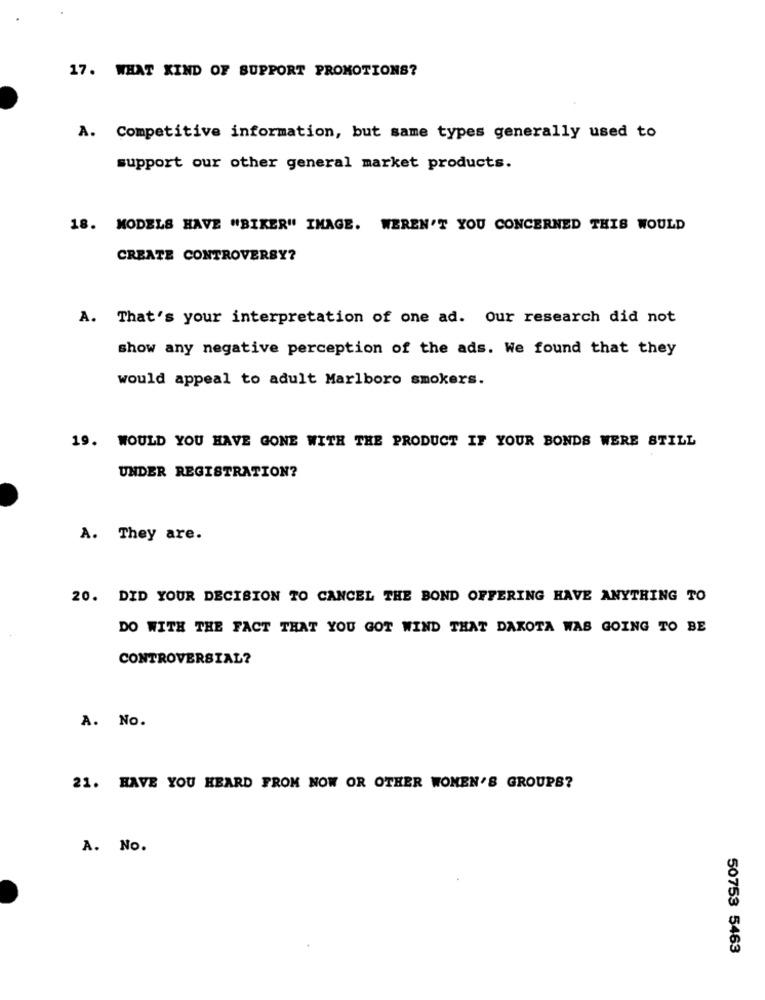
17. WHAT KIND OF SUPPORT PROMOTIONS?
A. Competitive information, but same types generally used to
support our other general market products.
18. MODELS HAVE "BIKER" IMAGE. WEREN'T YOU CONCERNED THIS WOULD
CREATE CONTROVERSY?
A. That's your interpretation of one ad. Our research did not
show any negative perception of the ads. We found that they
would appeal to adult Marlboro smokers.
19. WOULD YOU HAVE GONE WITH THE PRODUCT IF YOUR BONDS WERE STILL
UNDER REGISTRATION?
A. They are.
20. DID YOUR DECISION TO CANCEL THE BOND OFFERING HAVE ANYTHING TO
DO WITH THE FACT THAT YOU GOT WIND THAT DAKOTA WAS GOING TO BE
CONTROVERSIAL?
A. No.
21. HAVE YOU HEARD FROM NOW OR OTHER WOMEN'S GROUPS?
A. No.
50753 5463